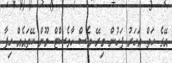
އޭގެ ހަތް އަހަރު ފަހުން މިރޭ ވެސް ހާވެސްޓް މޫން ކޭތައެއް ހިފާ